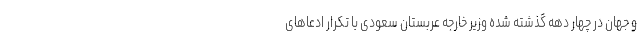
و جهان در چهار دهه گذشته شده وزیر خارجه عربستان سعودی با تکرار ادعاهای